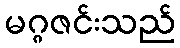
မဂ္ဂဇင်းသည်